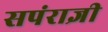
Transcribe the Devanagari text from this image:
सपंराज्ञी